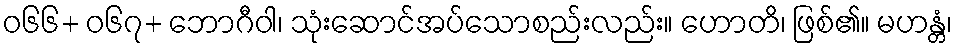
ဝ၆၆+ ဝ၆၇+ ဘောဂီဝါ၊ သုံးဆောင်အပ်သောစည်းလည်း။ ဟောတိ၊ ဖြစ်၏။ မဟန္တံ၊